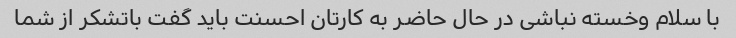
با سلام وخسته نباشی در حال حاضر به کارتان احسنت باید گفت باتشکر از شما